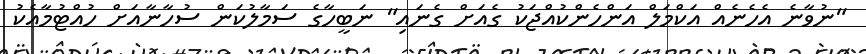
"ނުވާނެ އެހެނެއް އަކްމަލް އަންހެންކުއްޖަކު ގެއަށް ގެނައި" ނަބީހާގެ ސަމާލުކަން ސުހާނާއަށް ހުއްޓުމާއެކު